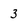
Character: 3